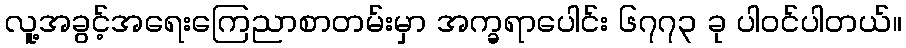
လူ့အခွင့်အရေးကြေညာစာတမ်းမှာ အက္ခရာပေါင်း ၆၇၇၃ ခု ပါဝင်ပါတယ်။